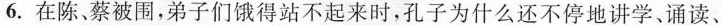
6.在陈、蔡被围，弟子们饿得站不起来时，孔子为什么还不停地讲学﹑诵读、